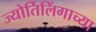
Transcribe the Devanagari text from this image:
ज्‍योर्तिलिंगाच्‍या